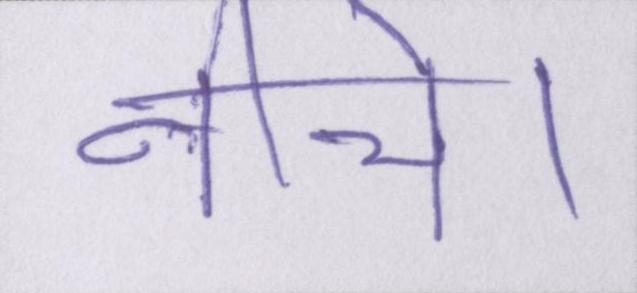
नीचे।